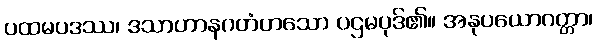
ပထမပဒဿ၊ ဒသာဟာနဂတံဟသော ပဌမပုဒ်၏။ အနုပယောဂတ္တာ၊